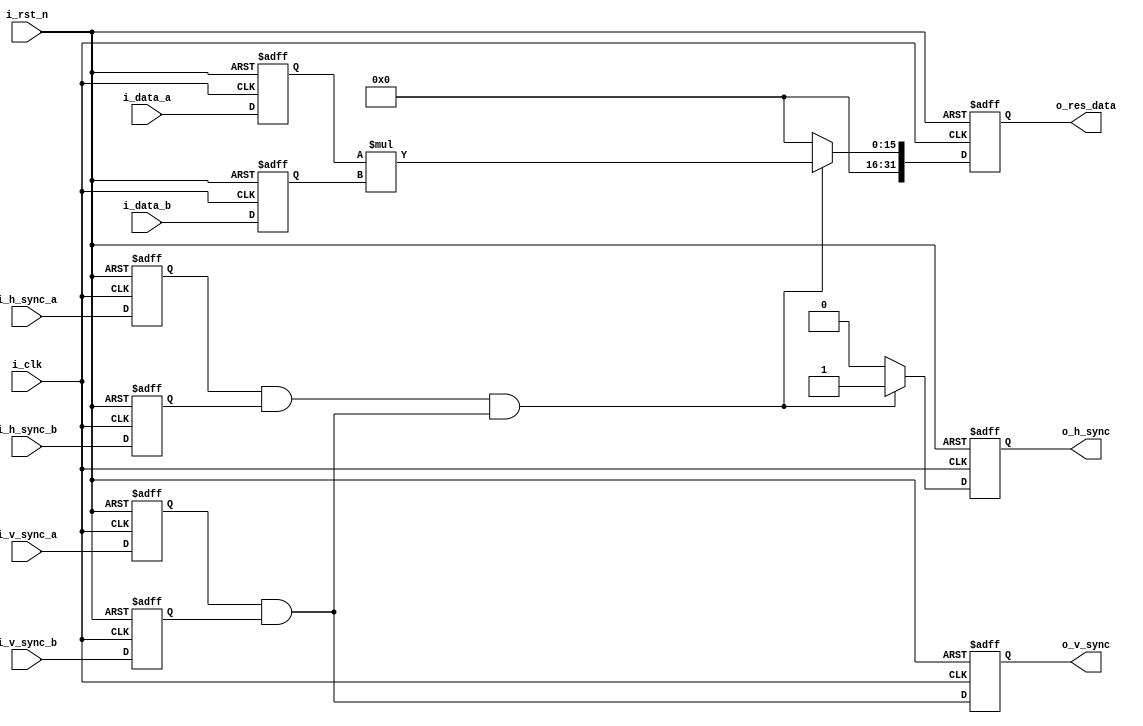
`timescale 1ns / 1ps
//////////////////////////////////////////////////////////////////////////////////
// Company: 
// Engineer: 
// 
// Design Name: 
// Module Name: dual_image_hadamard_multi
// Project Name: 
// Target Devices: 
// Tool Versions: 
// Description: 
// 
// Dependencies: 
// 
// Revision:
// Revision 0.01 - File Created
// Additional Comments:
// 
//////////////////////////////////////////////////////////////////////////////////


module dual_image_hadamard_multi
#(
    parameter                           P_INPUT_DATA_WIDTH   = 8  ,
    parameter                           P_IMG_WIDTH          = 256,
    parameter                           P_IMG_HEIFGHT        = 256,
    parameter                           P_OUTPUT_DATA_WIDTH  = 32  
)
(
    input                               i_clk       ,
    input                               i_rst_n     ,
    input                               i_h_sync_a  ,
    input                               i_v_sync_a  ,
    input   [P_INPUT_DATA_WIDTH-1:0]    i_data_a    ,
    input                               i_h_sync_b  ,
    input                               i_v_sync_b  ,
    input   [P_INPUT_DATA_WIDTH-1:0]    i_data_b    ,

    output                              o_v_sync    ,
    output                              o_h_sync    ,
    output  [P_OUTPUT_DATA_WIDTH-1:0]   o_res_data  
);

//input register
reg                             ri_h_sync_a ;
reg                             ri_v_sync_a ;
reg [P_INPUT_DATA_WIDTH-1:0]    ri_data_a   ;
reg                             ri_h_sync_b ;
reg                             ri_v_sync_b ;
reg [P_INPUT_DATA_WIDTH-1:0]    ri_data_b   ;

//temp register
wire                            w_valid_v_sync;
wire                            w_valid_h_sync;
wire                            w_valid_h   ;

// wire    [31:0]                  A           ;
// wire    [31:0]                  B           ;
// wire    [31:0]                  P           ;

//output register
reg                             ro_v_sync   ;
reg                             ro_h_sync   ;
reg [P_OUTPUT_DATA_WIDTH-1:0]   ro_res_data ;


assign w_valid_v_sync = ri_v_sync_a && ri_v_sync_b;
assign w_valid_h_sync = ri_h_sync_a && ri_h_sync_b;
assign w_valid_h      = w_valid_h_sync && w_valid_v_sync;

assign o_v_sync   = ro_v_sync;
assign o_h_sync   = ro_h_sync;
assign o_res_data = ro_res_data;

// assign A = w_valid_h ?ri_data_a : 32'd0;
// assign B = w_valid_h ?ri_data_b : 32'd0;

always @(posedge i_clk or negedge i_rst_n) begin
    if(!i_rst_n)begin
        ri_h_sync_a <= 1'd0 ;
        ri_v_sync_a <= 1'd0 ;
        ri_data_a   <= 'd0  ;
        ri_h_sync_b <= 1'd0 ;
        ri_v_sync_b <= 1'd0 ;
        ri_data_b   <= 'd0  ;
    end else begin
        ri_h_sync_a <= i_h_sync_a;
        ri_v_sync_a <= i_v_sync_a;
        ri_data_a   <= i_data_a  ;
        ri_h_sync_b <= i_h_sync_b;
        ri_v_sync_b <= i_v_sync_b;
        ri_data_b   <= i_data_b  ;
    end
end

always @(posedge i_clk or negedge i_rst_n) begin
    if(!i_rst_n)
        ro_v_sync <= 1'd0;
    else
        ro_v_sync <= w_valid_v_sync;
end

always @(posedge i_clk or negedge i_rst_n) begin
    if(!i_rst_n)
        ro_h_sync <= 1'd0;
    else if(w_valid_h)
        ro_h_sync <= 1'd1;
    else
        ro_h_sync <= 1'd0;
end

always @(posedge i_clk or negedge i_rst_n) begin
    if(!i_rst_n)
        ro_res_data <= 'd0;
    else if(w_valid_h)
        // ro_res_data <= P[P_INPUT_DATA_WIDTH-1:0]; ////LUT
        ro_res_data <= ri_data_a * ri_data_b; ////LUT
    else
        ro_res_data <= 'd0;
end


// Multiplier_32bit Multiplier_32bit_U0 (
//     .CLK(i_clk),  // input wire CLK
//     .A(A),      // input wire [31 : 0] A
//     .B(B),      // input wire [31 : 0] B
//     .P(P)      // output wire [31 : 0] P
// );

endmodule